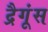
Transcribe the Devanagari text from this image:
द्रैगूंस